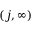
( j , \infty )